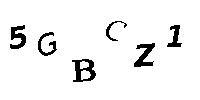
5GBCZ1